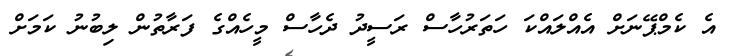
އެ ކެމްޕޭނަށް އެއްލައްކަ ހަތަރުހާސް ރަސީދު ދެހާސް މީހެއްގެ ފަރާތުން ލިބުނު ކަމަށް